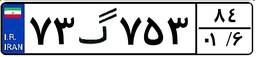
۹۴گ۱۲۰۷۶